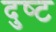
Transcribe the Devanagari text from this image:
दुष्‍ट